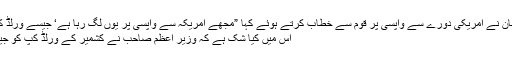
وزیر اعظم عمران خان نے امریکی دورے سے واپسی پر قوم سے خطاب کرتے ہوئے کہا ”مجھے امریکہ سے واپسی پر یوں لگ رہا ہے‘ جیسے ورلڈ کپ جیت کر آیا ہوں‘‘
اس میں کیا شک ہے کہ وزیر اعظم صاحب نے کشمیر کے ورلڈ کپ کو جیتنے کا آغاز کیا ہے۔